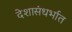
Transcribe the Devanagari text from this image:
देशासंधर्भात